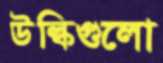
উল্কিগুলো